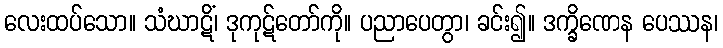
လေးထပ်သော။ သံဃာဋိံ၊ ဒုကုဋ်တော်ကို။ ပညာပေတွာ၊ ခင်း၍။ ဒက္ခိဏေန ပေဿန၊